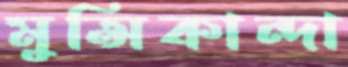
মুন্সিকান্দা